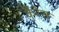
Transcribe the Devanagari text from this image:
कैरेस